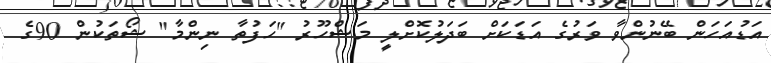
އަޑުއަހަން ބޭނުންވާ ވަރުގެ އަޑަކަށް ބަދަލުކޮށްލީ މަޝްހޫރު "ހަފުތާ ނިންމާ" ޝޯތަކުން 90ގެ